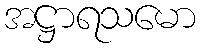
အဋ္ဌာရသမော